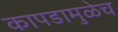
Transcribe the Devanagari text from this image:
कापडामुळेच